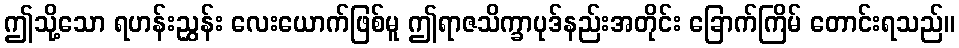
ဤသို့သော ရဟန်းညွှန်း လေးယောက်ဖြစ်မူ ဤရာဇသိက္ခာပုဒ်နည်းအတိုင်း ခြောက်ကြိမ် တောင်းရသည်။